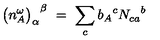
{ \bigl ( n _ { A } ^ { \omega } \bigr ) _ { \alpha } } ^ { \beta } \ = \ \sum _ { c } { b _ { A } } ^ { c } { N _ { c a } } ^ { b }